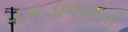
પકડાવવાની